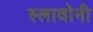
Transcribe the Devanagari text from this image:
स्लावोनी